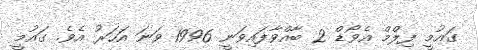
ގައުމީ ފިލްމް އެވޯޑް 2 ބާއްވާފައިވަނީ 1996 ވަނަ އަހަރު އެވެ. ގައުމީ